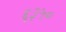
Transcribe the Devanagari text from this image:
६३५०